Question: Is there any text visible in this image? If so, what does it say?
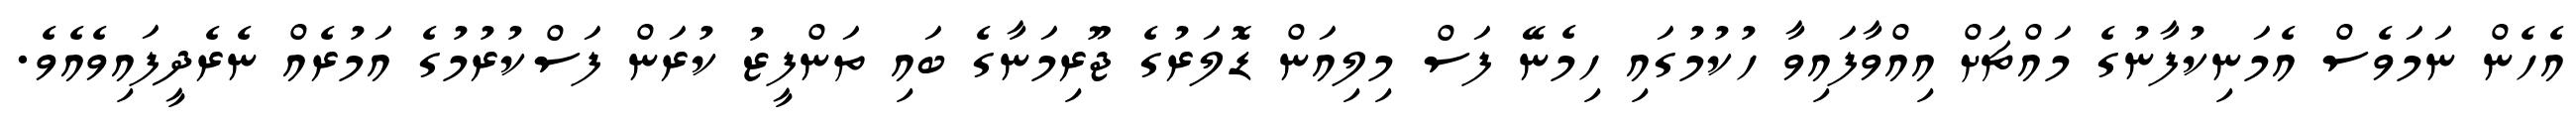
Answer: އެހެން ނަމަވެސް އެމަނިކުފާނުގެ މައްޗަށް އިއްވާފައިވާ ހުކުމުގައި ހިމެނޭ ފަސް މިލިއަން ޑޮލަރުގެ ޖޫރިމަނާގެ ބައި ތަންފީޒު ކުރަން ފަސްކުރުމުގެ އަމުރެއް ނެރެދީފައިވެއެވެ.